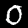
Label: 0